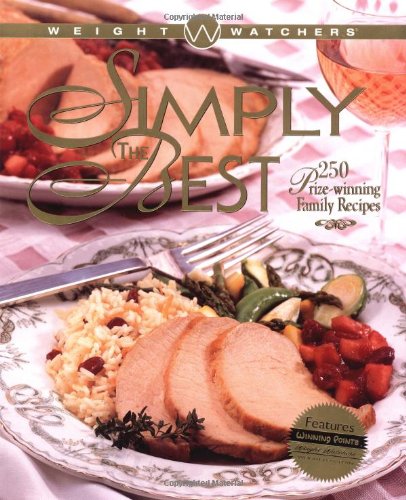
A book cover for Weight Watchers' Simply the Best : 250 Prizewinning Family Recipes; Weight Watchers; Health, Fitness & Dieting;